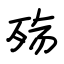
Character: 殇